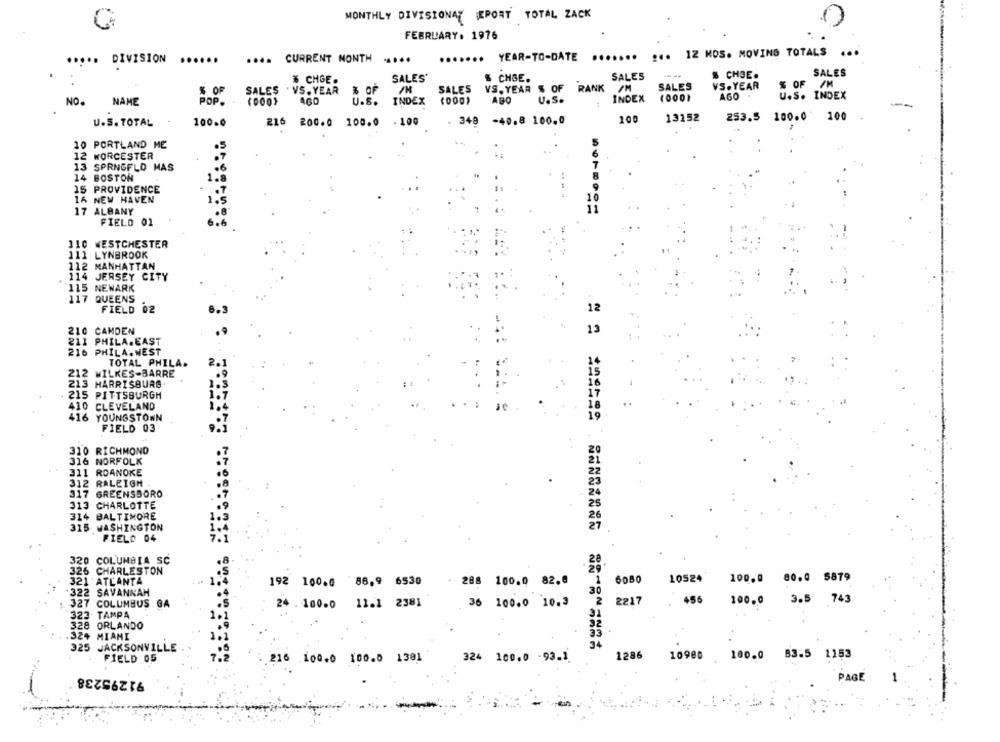
MONTHLY DIVISIONAL EPORT TOTAL ZACK
FEBRUARY. 1976
....... YEAR-TO-DATE ....... ... IZ MOS. MOVING TOTALS
..
DIVISION
......
.... CURRENT MONTH
.....
SALES
% CHOE.
SALES
% CHGE.
SALES'
& CHGE.
% OF
% OF
SALES
VS. YEAR $ OF RANK
SALES
VS.YEAR
% OF /M
SALES . VS. YEAR
AGO
U.S. INDEX
NO.
NAME
POP.
10001
460
U.s.
INDEX
AGO
U.S.
INDEX
200
13152
253.5 100.0 100
U.S. TOTAL
100.0
216 200.0 100.0
. 100
. 348 -40.8 100.0
10 PORTLAND ME
.5
12 WORCESTER
.7
13 SPRNGFLD HAS
.6
14 BOSTON
1.8
15 PROVIDENCE
16 NEW HAVEN
17 ALBANY
FIELD 01
110 WESTCHESTER
111 LYNBROOK
112 MANHATTAN
114 JERSEY CITY
115 NEWARK
117 QUEENS
FIELD 02
6.3
12
210 CAMDEN
13
211 PHILA.EAST
216 PHILA. WEST
TOTAL PHILA.
2.
212 WILKES-BARRE
213 HARRISBURG.
215 PITTSBURGH
410 CLEVELAND
416 YOUNGSTOWN
FIELD 03
310 RICHMOND
316 NORFOLK
311 ROANOKE
312 RALEIGH
.8
317 GREENSBORO
.7
313 CHARLOTTE
.9
314 BALTIMORE
1.3
315 WASHINGTON
1.4
FIELD 04
320 COLUMBIA SC
326 CHARLESTON
.S
10524
100.0 80.0 5879
321 ATLANTA
192 100.0 86,9 6530
288 100.0 82.0
6080
.322 SAVANNAH
.5
36 100.0 10.3
2217
456
100.0
3.5
743
1 327 COLUMBUS GA
24 . 100.0 11.1 2381
323
TAMPA
328 ORLANDO
.324 MIAMI
======= =========
325 JACKSONVILLE
100.0 83-5 1153
FIELD 05
216 100.0 100.0 1301
324 100.0 -93.1
1286
10980
91295238
PAGE